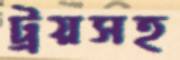
ট্রয়সহ